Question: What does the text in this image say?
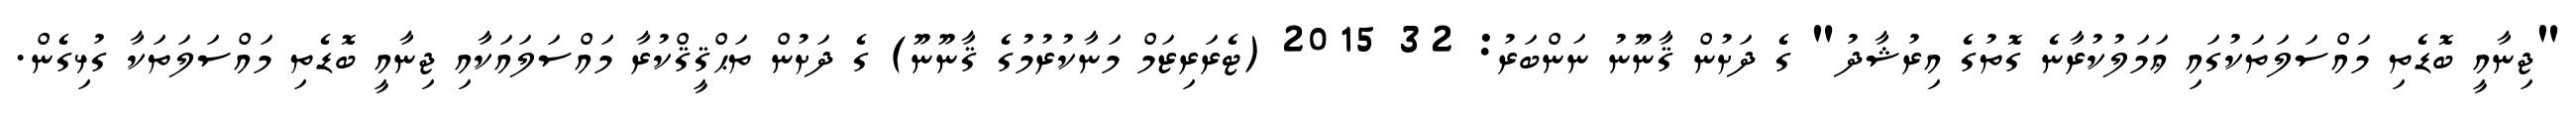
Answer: "ޖިނާއީ ބޮޑެތި މައްސަލަތަކުގައި ޢަމަލުކުރާނެ ގޮތުގެ އިރުޝާދު" ގެ ދަށުން ޤާނޫނު ނަންބަރު: 32 2015 (ޓެރަރިޒަމް މަނާކުރުމުގެ ޤާނޫނޫ) ގެ ދަށުން ތަޙްޤީޤްކުރާ މައްސަލައަކާއި ޖިނާއީ ބޮޑެތި މައްސަލަތަކާ ގުޅިގެން.